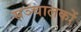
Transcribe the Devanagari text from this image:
सञ्चालकों